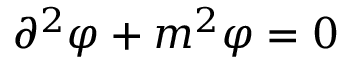
\partial ^ { 2 } \varphi + m ^ { 2 } \varphi = 0